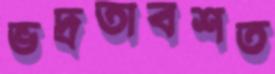
ভদ্রতাবশত